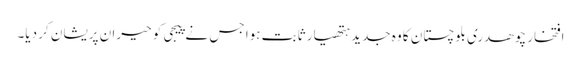
افتخار چوھدری بلوچستان کا وہ جدید ہتھیار ثابت ہوا جس نے پیجی کو حیران پریشان کر دیا۔